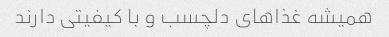
همیشه غذاهای دلچسب و با کیفیتی دارند